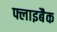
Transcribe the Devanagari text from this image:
फ्लाइबैक